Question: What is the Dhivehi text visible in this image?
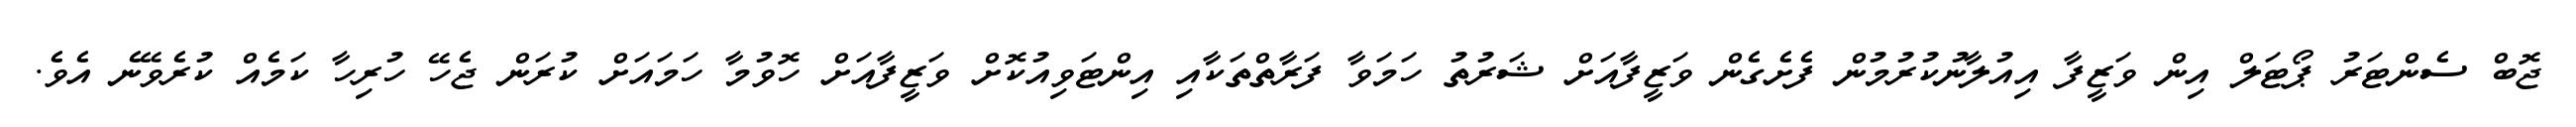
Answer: ޖޮބް ސެންޓަރު ޕޯޓަލް އިން ވަޒީފާ އިއުލާނުކުރުމުން ފެށެގެން ވަޒީފާއަށް ޝަރުތު ހަމަވާ ފަރާތްތަކާއި އިންޓަވިއުކޮށް ވަޒީފާއަށް ހޮވުމާ ހަމައަށް ކުރަން ޖެހޭ ހުރިހާ ކަމެއް ކުރެވޭނެ އެވެ.